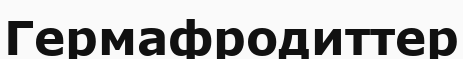
Гермафродиттер